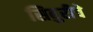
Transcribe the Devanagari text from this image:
सिबुरीचे